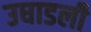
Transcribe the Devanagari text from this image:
उघाडली